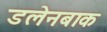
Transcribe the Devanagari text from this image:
डलेनबाक